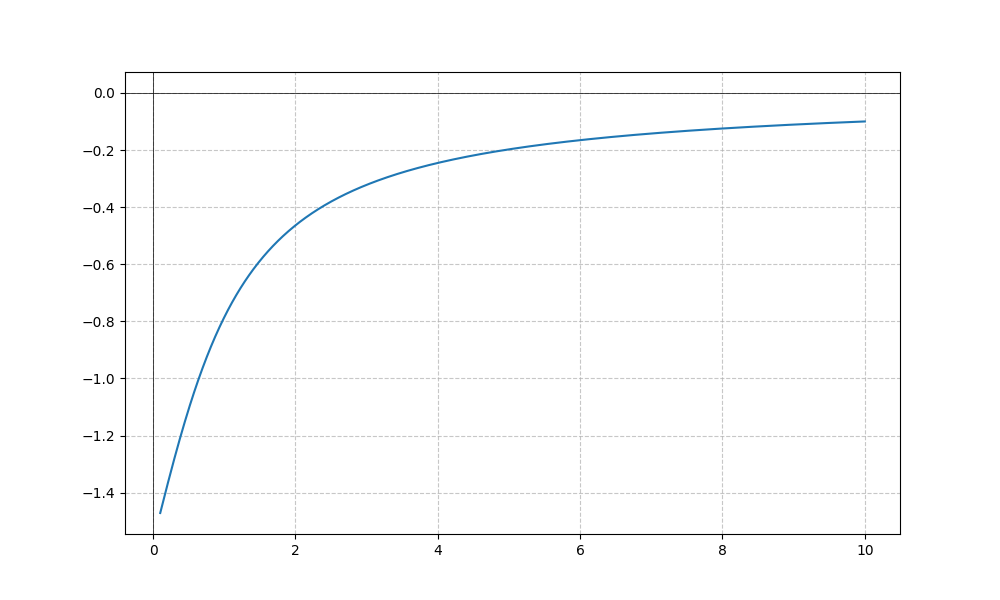
LaTeX formula: - \operatorname{acot}{\left(x \right)}